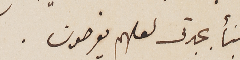
ابنأ جيرتى لعلهم يفرحون.